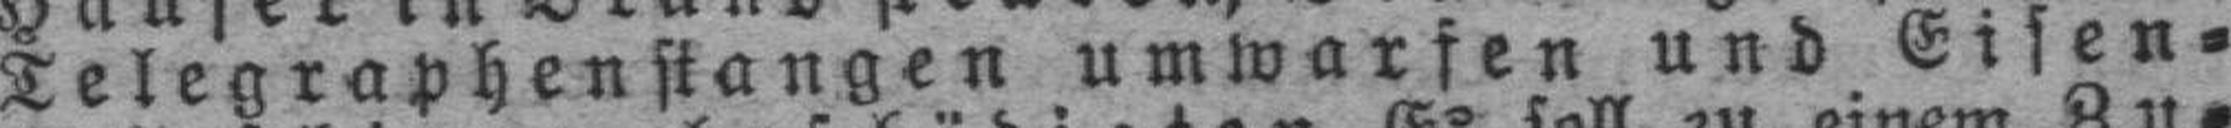
Telegraphenstangen umwarfen und Eisen¬